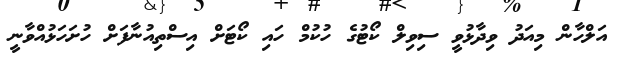
އަލްހާން މިއަދު ވިދާޅުވީ ސިވިލް ކޯޓުގެ ހުކުމް ހައި ކޯޓަށް އިސްތިއުނާފަށް ހުށަހަޅުއްވާނީ